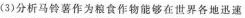
(3)分析马铃薯作为粮食作物能够在世界各地迅速